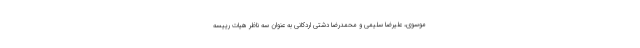
موسوی، علیرضا سلیمی و محمدرضا دشتی اردکانی به عنوان سه ناظر هیات رییسه